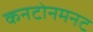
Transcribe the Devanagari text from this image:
कनटोनमनट